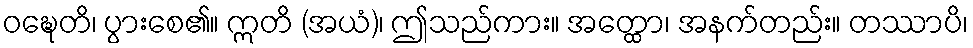
ဝဍ္ဎေတိ၊ ပွားစေ၏။ ဣတိ (အယံ)၊ ဤသည်ကား။ အတ္ထော၊ အနက်တည်း။ တဿာပိ၊